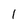
Character: 1